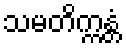
သမတိက္ကန္တံ